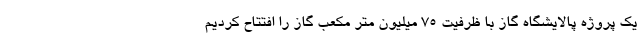
یک پروژه پالایشگاه گاز با ظرفیت ۷۵ میلیون متر مکعب گاز را افتتاح کردیم